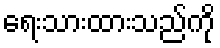
ရေးသားထားသည်ကို